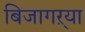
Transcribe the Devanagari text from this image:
बिजागऱ्या